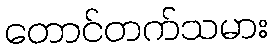
တောင်တက်သမား